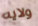
ولايه